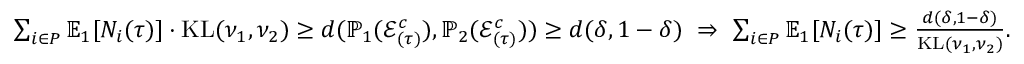
\begin{array} { r l } & { \sum _ { i \in P } \mathbb { E } _ { 1 } [ N _ { i } ( \tau ) ] \cdot \mathrm { K L } ( \nu _ { 1 } , \nu _ { 2 } ) \ge d ( \mathbb { P } _ { 1 } ( \mathcal { E } _ { ( \tau ) } ^ { c } ) , \mathbb { P } _ { 2 } ( \mathcal { E } _ { ( \tau ) } ^ { c } ) ) \ge d ( \delta , 1 - \delta ) ~ \Rightarrow ~ \sum _ { i \in P } \mathbb { E } _ { 1 } [ N _ { i } ( \tau ) ] \ge \frac { d ( \delta , 1 - \delta ) } { \mathrm { K L } ( \nu _ { 1 } , \nu _ { 2 } ) } . } \end{array}